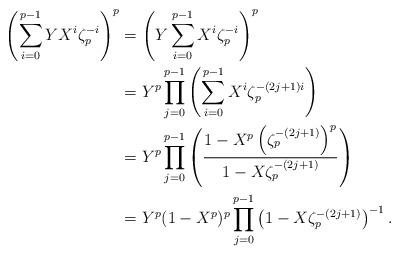
LaTeX: \begin{align*}\left(\sum_{i=0}^{p-1} YX^i\zeta_p^{-i}\right)^p &=\left(Y\sum_{i=0}^{p-1}X^i\zeta_p^{-i}\right)^p\\&= Y^p\prod_{j=0}^{p-1}\left(\sum_{i=0}^{p-1}X^i\zeta_p^{-(2j+1)i}\right)\\&= Y^p\prod_{j=0}^{p-1}\left(\frac{1-X^p\left(\zeta_p^{-(2j+1)}\right)^p}{1-X\zeta_p^{-(2j+1)}}\right)\\&= Y^p(1-X^p)^p\prod_{j=0}^{p-1}\left(1-X\zeta_p^{-(2j+1)}\right)^{-1}.\end{align*}